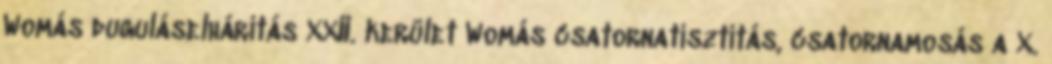
Womás duguláselhárítás XXII. kerület Womás csatornatisztítás, csatornamosás a X.